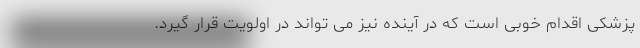
پزشکی اقدام خوبی است که در آینده نیز می تواند در اولویت قرار گیرد.